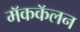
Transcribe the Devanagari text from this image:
मॅककॅलन